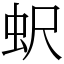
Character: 蚇